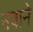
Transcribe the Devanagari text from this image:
नवाने